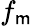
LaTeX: f_{\mathsf{m}}